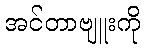
အင်တာဗျူးကို